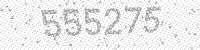
Solution: 555275